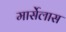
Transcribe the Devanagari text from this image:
मार्सेलास